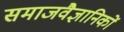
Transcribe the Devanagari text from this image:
समाजवैज्ञानिकों